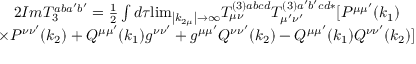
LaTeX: \begin{array} { c } { { 2 I m T _ { 3 } ^ { a b a ^ { \prime } b ^ { \prime } } = \frac 1 2 \int d \tau { \operatorname * { l i m } _ { \left| k _ { 2 \mu } \right| \rightarrow \infty } } T _ { \mu \nu } ^ { ( 3 ) a b c d } T _ { \mu ^ { \prime } \nu ^ { \prime } } ^ { ( 3 ) a ^ { \prime } b ^ { \prime } c d * } [ P ^ { \mu \mu ^ { \prime } } ( k _ { 1 } ) } } \\ { { \times P ^ { \nu \nu ^ { \prime } } ( k _ { 2 } ) + Q ^ { \mu \mu ^ { \prime } } ( k _ { 1 } ) g ^ { \nu \nu ^ { \prime } } + g ^ { \mu \mu ^ { \prime } } Q ^ { \nu \nu ^ { \prime } } ( k _ { 2 } ) - Q ^ { \mu \mu ^ { \prime } } ( k _ { 1 } ) Q ^ { \nu \nu ^ { \prime } } ( k _ { 2 } ) ] } } \end{array}